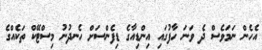
އެހެން ނަމަވެސް ދެ ވަނަ ހާފުގައި އިންޑިއާގެ ޑިފެންސަށް ހެނދުނު މިސްޓޭކް ތަކެއްގެ